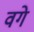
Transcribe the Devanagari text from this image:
वगे